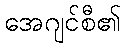
အေဂျင်စီ၏